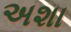
અશા